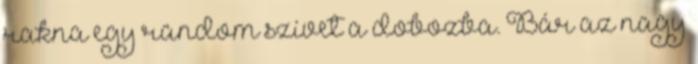
rakna egy random szívet a dobozba. Bár az nagy